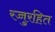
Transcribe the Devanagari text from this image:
रज्जुरहित